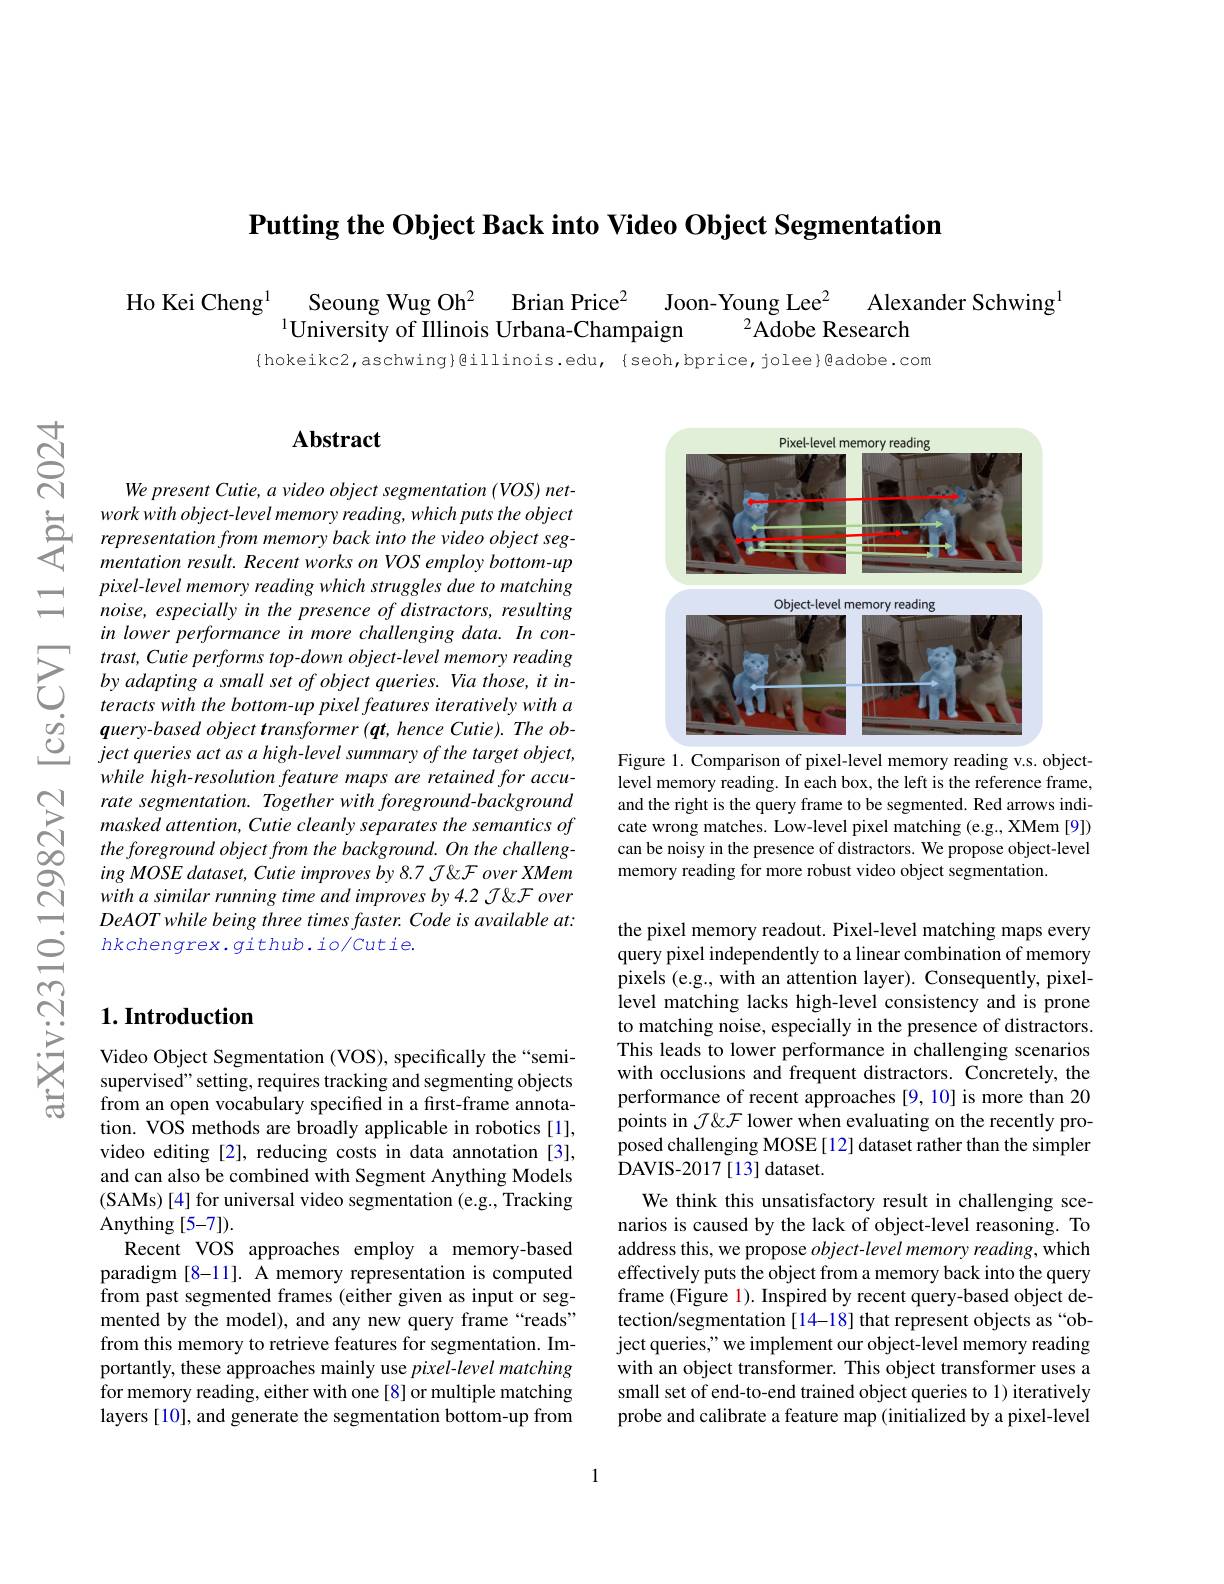
$\textbf{Putting the Object Back in}$

Ho Kei Cheng$^{1}$ Seoung W
${}^{2}{\mathrm{Adobe~Research}}$
$^{1}$University of Illinois

{hokeikc2,aschwing}@illinois

=

$હું$

### $\mathbf{Abstract}$

We present Cutie, a video ob
work with $object- level$ memory $reading$, which puts the object representation from memory back into the video object $seg-$ mentation $result.$ Recent works $on$ $VOS$ employ $bottom- up$
pixel-level memory reading w noise, especially in the pre in lower performance in more
$\sum_{\begin{aligned}&trast,Cutie\:performs\:t\end{aligned}}$ $\begin{array}{lll}{&teracts~with~the~bottom-up~pixel~features~iteratively~with~a}\\{\dot{o}}&{query-based~object~transformer~(qt,hence~Cutie).~The~ob-}\\{\dot{O}}&{ject~queries~act~as~a~high-level~summary~of~the~target~object,}\end{array}$
while high-resolution featur rate segmentation. Together with foreground-background masked attention, Cutie cleanly separates the semantics of the foreground object from the background. On the challenging MOSE dataset, Cutie improves by 8.7 J'' over XMem with a similar running time and improves by 4.2 J& over $DeAOTwhilebeingthreetimesfaster.Codeisavailableat:$ $hkchengrex.github.io/cutie.$

## $1. \textbf{Introduction}$

Video Object Segmentation (VOS), specifically the“semisupervised" setting, requires tracking and segmenting objects from an open vocabulary specified in a first-frame annotation. VOS methods are broadly applicable in robotics[1], video editing [2], reducing costs in data annotation [3], and can also be combined with Segment Anything Models (SAMs) [4] for universal video segmentation (e.g., Tracking Anything [5-7]).
Recent VOS approaches employ a memory-based paradigm [8-11]. A memory representation is computed from past segmented frames (either given as input or segmented by the model), and any new query frame “reads” from this memory to retrieve features for segmentation. Importantly, these approaches mainly use pixel-level matching for memory reading, either with one[8] or multiple matching layers [10], and generate the segmentation bottom-up from

<FigureHere>

Figure 1. Comparison of pixel-level memory reading v.s. objectlevel memory reading. In each box, the left is the reference frame, and the right is the query frame to be segmented. Red arrows indicate wrong matches. Low-level pixel matching (e.g., XMem [9]) can be noisy in the presence of distractors. We propose object-level memory reading for more robust video object segmentation.

the pixel memory readout. Pixel-level matching maps every query pixel independently to a linear combination of memory pixels (e.g., with an attention layer). Consequently, pixellevel matching lacks high-level consistency and is prone to matching noise, especially in the presence of distractors. This leads to lower performance in challenging scenarios with occlusions and frequent distractors. Concretely, the performance of recent approaches [9,10] is more than 20 points in $\mathcal{J}\&\mathcal{F}$ lower when evaluating on the recently proposed challenging MOSE[12] dataset rather than the simpler DAVIS- 2017 [ 13] dataset.
We think this unsatisfactory result in challenging scenarios is caused by the lack of object-level reasoning. To address this, we propose $object-level$ memory reading, which effectively puts the object from a memory back into the query frame (Figure 1). Inspired by recent query-based object detection/segmentation[14-18] that represent objects as “object queries," we implement our object-level memory reading with an object transformer. This object transformer uses a small set of end-to-end trained object queries to 1) iteratively probe and calibrate a feature map (initialized by a pixel-level